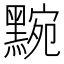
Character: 黦